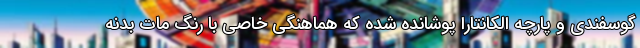
گوسفندی و پارچه الکانتارا پوشانده شده که هماهنگی خاصی با رنگ مات بدنه